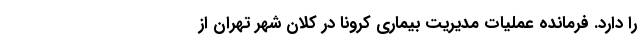
را دارد. فرمانده عملیات مدیریت بیماری کرونا در کلان شهر تهران از